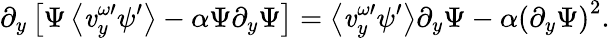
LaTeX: \partial_{y}\left[\Psi\left\langle\mathit{v}_{y}^{\omega\prime}\psi^{\prime}\right\rangle-\alpha\Psi\partial_{y}\Psi\right]=\left\langle\mathit{v}_{y}^{\omega\prime}\psi^{\prime}\right\rangle\partial_{y}\Psi-\alpha\left(\partial_{y}\Psi\right)^{2}.